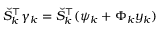
\breve { S } _ { k } ^ { \top } \gamma _ { k } = \breve { S } _ { k } ^ { \top } ( \psi _ { k } + \Phi _ { k } y _ { k } )